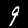
Label: 9